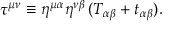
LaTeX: \tau ^ { \mu \nu } \equiv \eta ^ { \mu \alpha } \eta ^ { \nu \beta } \, ( T _ { \alpha \beta } + t _ { \alpha \beta } ) .